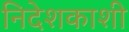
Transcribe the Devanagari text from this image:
निदेशकाशी